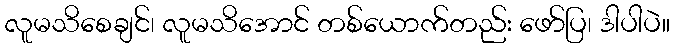
လူမသိစေချင်၊ လူမသိအောင် တစ်ယောက်တည်း ဖော်ပြ၊ ဒါပါပဲ။